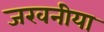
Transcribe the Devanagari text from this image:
जखनीया